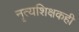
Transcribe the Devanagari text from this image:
नृत्यशिक्षकही